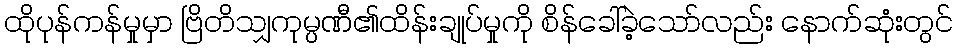
ထိုပုန်ကန်မှုမှာ ဗြိတိသျှကုမ္ပဏီ၏ထိန်းချုပ်မှုကို စိန်ခေါ်ခဲ့သော်လည်း နောက်ဆုံးတွင်